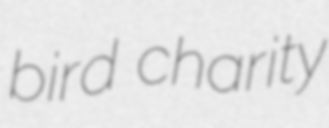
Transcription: bird charity